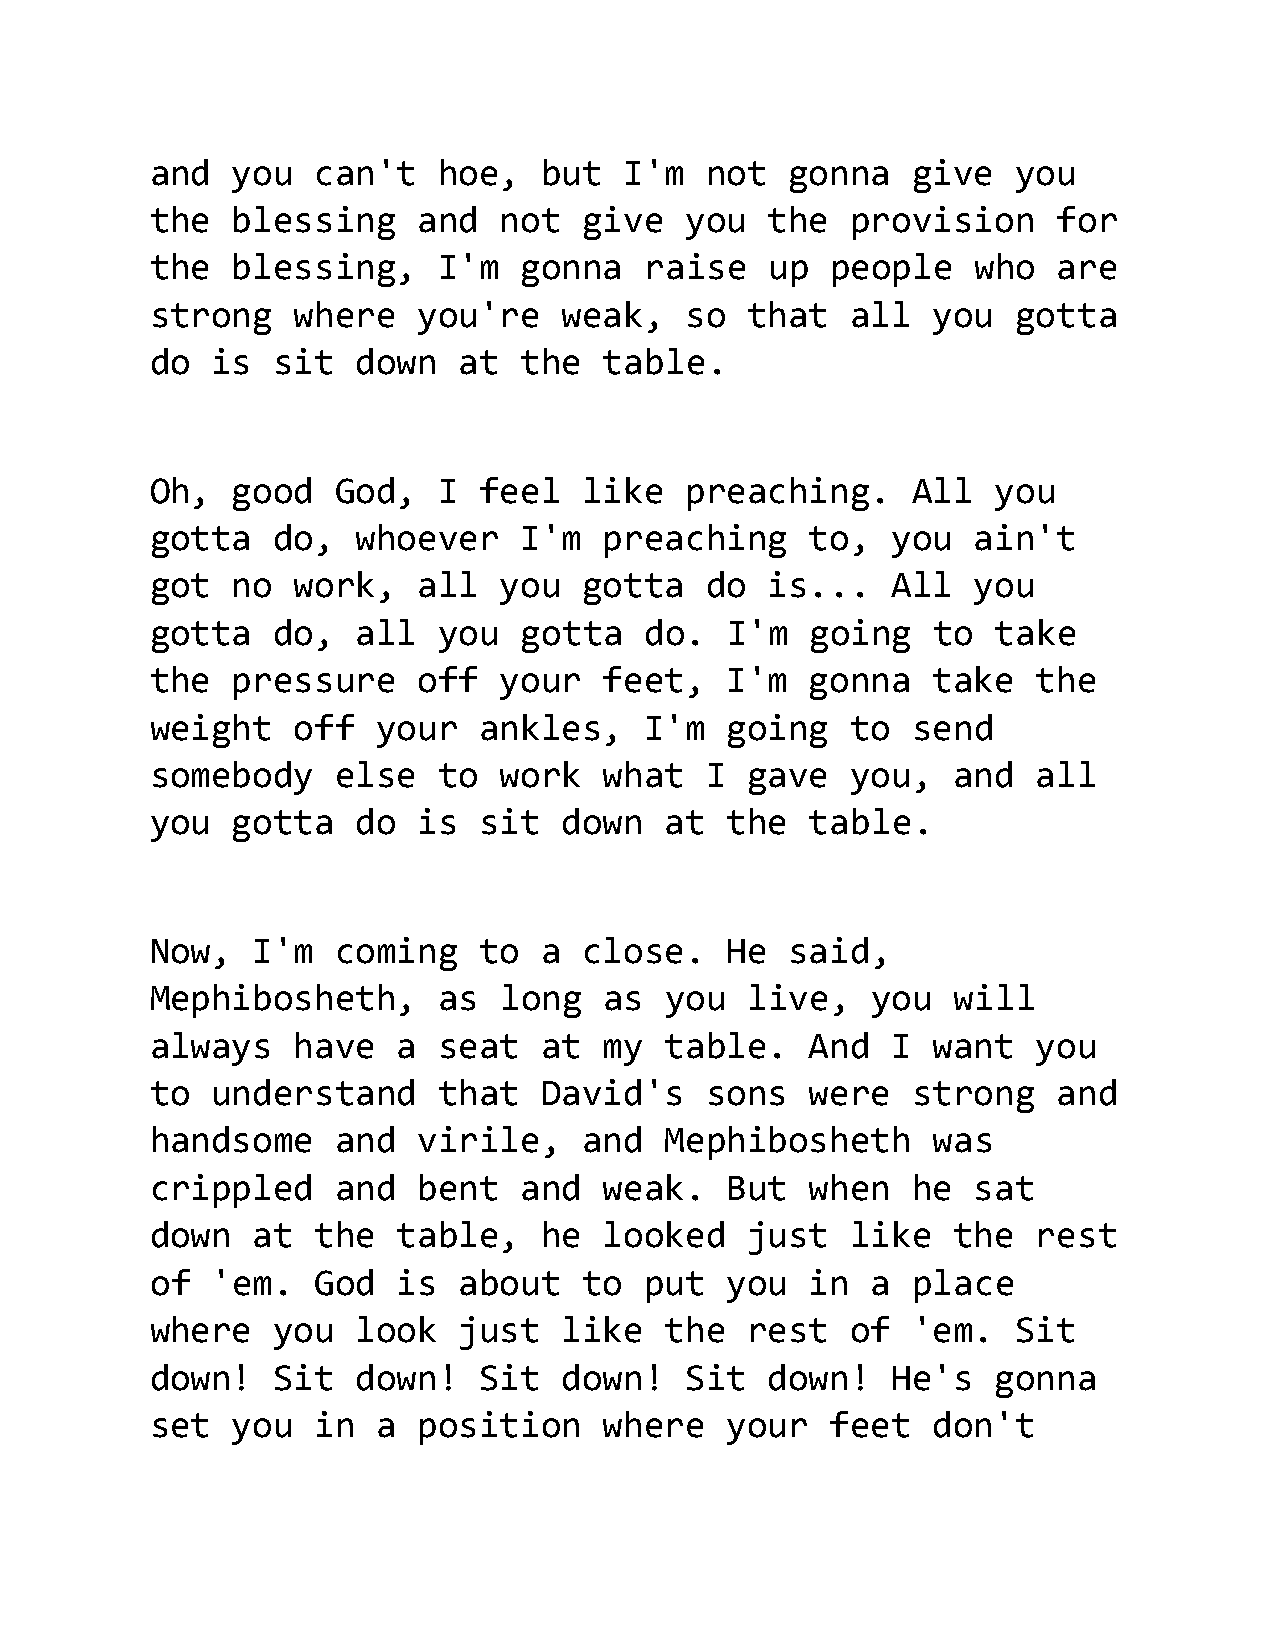
and  you   can't   hoe,   but  I'm   not  gonna   give   you
 the  blessing     and  not   give  you   the  provision     for
 the  blessing,     I'm  gonna    raise   up  people    who  are
 strong   where    you're   weak,   so   that  all   you  gotta
 do  is  sit   down  at  the   table.
 Oh,  good   God,   I  feel   like  preaching.     All   you
 gotta   do,   whoever   I'm   preaching     to,  you   ain't
 got  no  work,    all  you   gotta   do  is...   All   you
 gotta   do,   all  you  gotta    do.  I'm   going   to  take
 the  pressure     off  your   feet,   I'm   gonna   take   the
 weight   off   your   ankles,    I'm  going   to  send
 somebody    else   to  work   what   I  gave  you,   and   all
 you  gotta    do  is  sit  down   at  the   table.
 Now,   I'm  coming    to  a  close.   He  said,
 Mephibosheth,      as  long   as  you   live,   you  will
 always   have   a  seat   at  my  table.    And  I  want   you
 to  understand     that   David's    sons   were  strong    and
 handsome    and   virile,    and  Mephibosheth      was
 crippled    and   bent  and   weak.   But   when  he   sat
 down   at  the  table,    he  looked    just  like   the   rest
 of  'em.   God  is  about    to  put  you   in  a place
 where   you   look  just   like   the   rest  of  'em.   Sit
 down!   Sit   down!   Sit  down!   Sit   down!   He's   gonna
 set  you   in  a  position    where   your   feet   don't